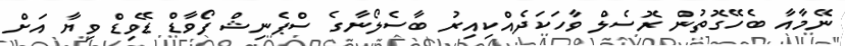
ނޭމާއާ ބެހޭގޮތުން ރޮސެލް ވާހަކަދެއްކިއިރު ބާސެލޯނާގެ ސްޕެނިޝް ފޯވާޑް ޑޭވިޑް ވިޔާ އަށް